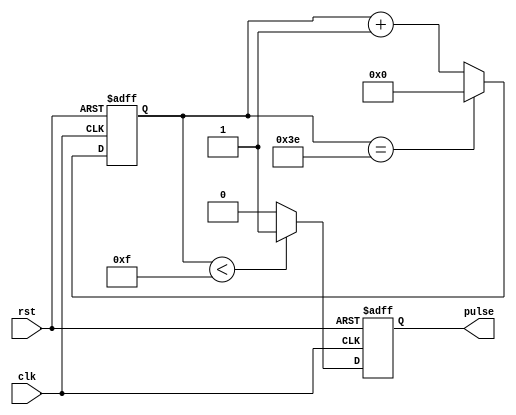
module SimplePulseGenerator (
    input wire clk,
    input wire rst,
    output reg pulse
);

reg [7:0] pulse_width;
reg [7:0] pulse_period;
reg [7:0] counter;

initial begin
    pulse_width = 8'h0F; //set pulse width to 15 cycles
    pulse_period = 8'h3F; //set pulse period to 63 cycles
    counter = 8'h00; //initialize counter
end

always @(posedge clk or posedge rst) begin
    if (rst) begin
        counter <= 8'h00;
        pulse <= 1'b0;
    end else begin
        if (counter < pulse_width) begin
            pulse <= 1'b1;
        end else begin
            pulse <= 1'b0;
        end
        
        if (counter == pulse_period - 1) begin
            counter <= 8'h00;
        end else begin
            counter <= counter + 1'b1;
        end
    end
end

endmodule